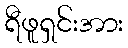
ရီဖူရှင်းအား